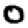
Digit: 0